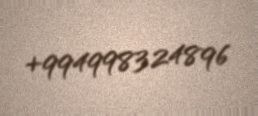
+994998324896